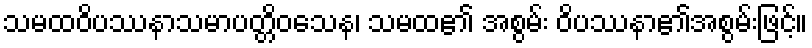
သမထဝိပဿနာသမာပတ္တိဝသေန၊ သမထ၏ အစွမ်း ဝိပဿနာ၏အစွမ်းဖြင့်။